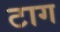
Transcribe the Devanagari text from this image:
टाग